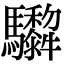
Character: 𩧞